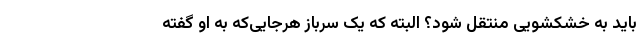
باید به خشکشویی منتقل شود؟ البته که یک سرباز هرجایی‌که به او گفته